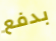
بدفع